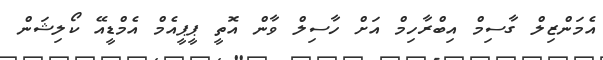
އެމަންޒިލް ގާސިމް އިބްރާހިމް އަށް ހާސިލް ވާން އޮތީ ޕީޕީއެމް އެމްޑީއޭ ކޯލިޝަން